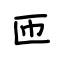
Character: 匝